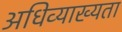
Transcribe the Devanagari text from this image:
अधिव्याख्यता